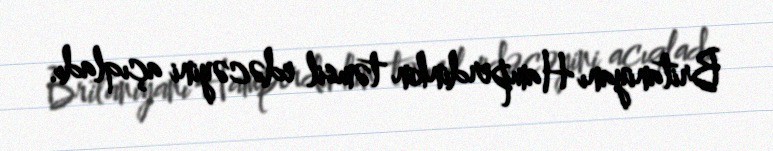
Britaniyanı Hamperdinkin təmsil edəcəyini açıqladı.